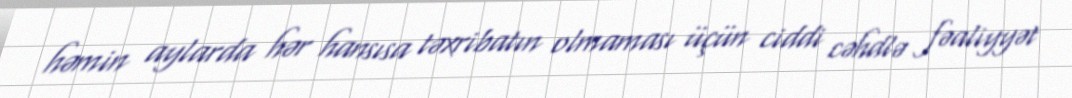
həmin aylarda hər hansısa təxribatın olmaması üçün ciddi cəhdlə fəaliyyət